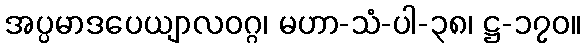
အပ္ပမာဒပေယျာလဝဂ္ဂ၊ မဟာ-သံ-ပါ-၃၈၊ ဋ္ဌ-၁၇၀။